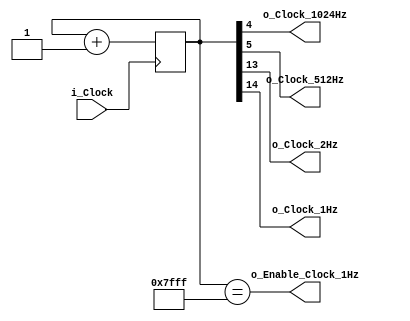
module clock_master
(
    input   i_Clock,

    output  o_Clock_1024Hz,
    output  o_Clock_512Hz,
    output  o_Clock_2Hz,
    output  o_Clock_1Hz,
    output  o_Enable_Clock_1Hz
);

    reg [14:0]  r_Counter = 15'b0;

    always @(posedge i_Clock) begin
        r_Counter <= r_Counter + 1'b1;
    end

    assign  o_Clock_1024Hz      = r_Counter[4];
    assign  o_Clock_512Hz       = r_Counter[5];
    assign  o_Clock_2Hz         = r_Counter[13];
    assign  o_Clock_1Hz         = r_Counter[14];
    assign  o_Enable_Clock_1Hz  = r_Counter == 15'b111111111111111;

endmodule